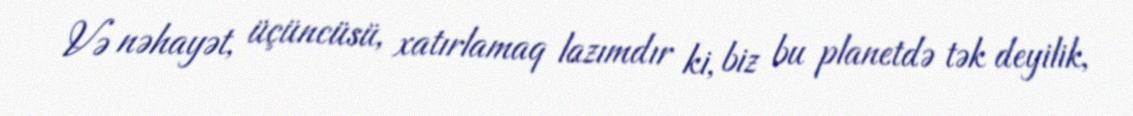
Və nəhayət, üçüncüsü, xatırlamaq lazımdır ki, biz bu planetdə tək deyilik,